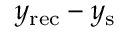
y _ { \mathrm { { r e c } } } - y _ { \mathrm { { s } } }